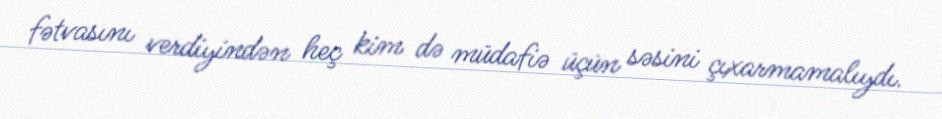
fətvasını verdiyindən heç kim də müdafiə üçün səsini çıxarmamalıydı.